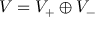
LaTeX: V = V _ { + } \oplus V _ { - }